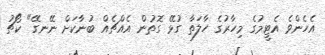
އެހެންވެ އެޓީމުގެ މިހާރުގެ ހާލަތާ ގުޅޭ ގޮތުން އެއްޗެއް ބުނާކަށް ނޭނގޭ" ކޯޗު